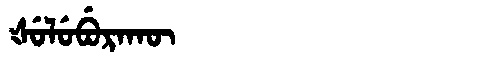
Manchu: ᡧᡠᠯᡠᠪᡠᡵᠠᡴᡡ
Romanization: ŠULUBURAKŪ